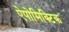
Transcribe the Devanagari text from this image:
ऐपोमिक्टिक